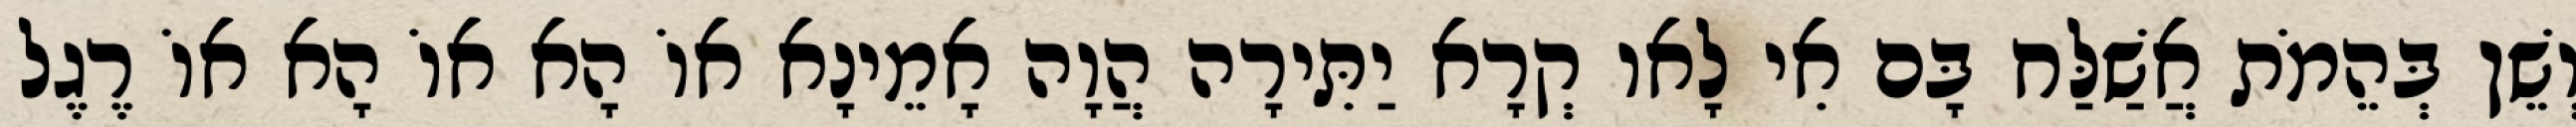
וְשֵׁן בְּהֵמֹת אֲשַׁלַּח בָּם אִי לָאו קְרָא יַתִּירָה הֲוָה אָמֵינָא אוֹ הָא אוֹ הָא אוֹ רֶגֶל